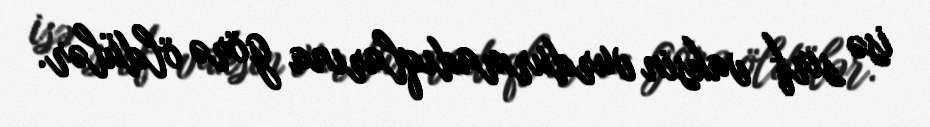
isə sırf vaksin vurdurmadıqlarına görə öldülər.